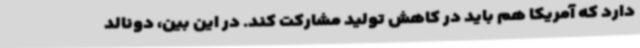
دارد که آمریکا هم باید در کاهش تولید مشارکت کند. در این بین، دونالد